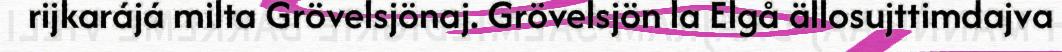
rijkarájá milta Grövelsjönaj. Grövelsjön la Elgå ällosujttimdajva